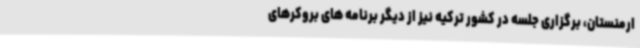
ارمنستان، برگزاری جلسه در کشور ترکیه نیز از دیگر برنامه های بروکرهای